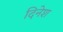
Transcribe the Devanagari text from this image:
दिनेश